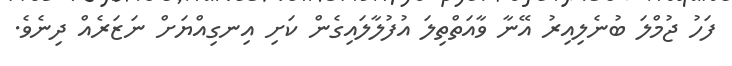
ފަހު ޖުމްލަ ބުނެލިއިރު އޭނާ ވާއަތްތިލަ އުފުލާލައިގެން ކަށި އިނގިއްޔަށް ނަޒަރެއް ދިނެވެ.